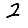
Digit: 2